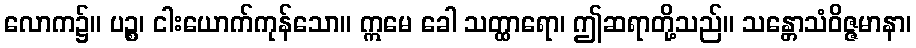
လောက၌။ ပဉ္စ၊ ငါးယောက်ကုန်သော။ ဣမေ ခေါ သတ္ထာရော၊ ဤဆရာတို့သည်။ သန္တောသံဝိဇ္ဇမာနာ၊